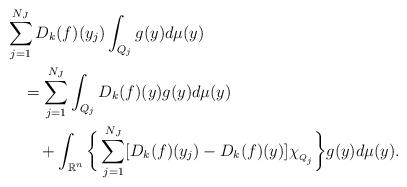
LaTeX: \begin{align*}& \sum_{j=1}^{N_J}D_k(f)(y_j)\int_{Q_j} g(y)d\mu(y) \\&\quad=\sum_{j=1}^{N_J}\int_{Q_j} D_k(f)(y)g(y)d\mu(y) \\&\qquad+\int_{\Bbb R^n} \bigg\{\sum_{j=1}^{N_J}[D_k(f)(y_j)-D_k(f)(y)]\chi_{{}_{Q_j}} \bigg\}g(y)d\mu(y).\end{align*}